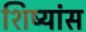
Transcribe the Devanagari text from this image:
शिष्यांस